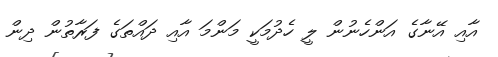
އާއި އޭނާގެ އަންހެނުން ލީ ހެދުމަކީ މަންމަ އާއި ދައްތަގެ ފަރާތުން ދިން